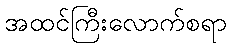
အထင်ကြီးလောက်စရာ